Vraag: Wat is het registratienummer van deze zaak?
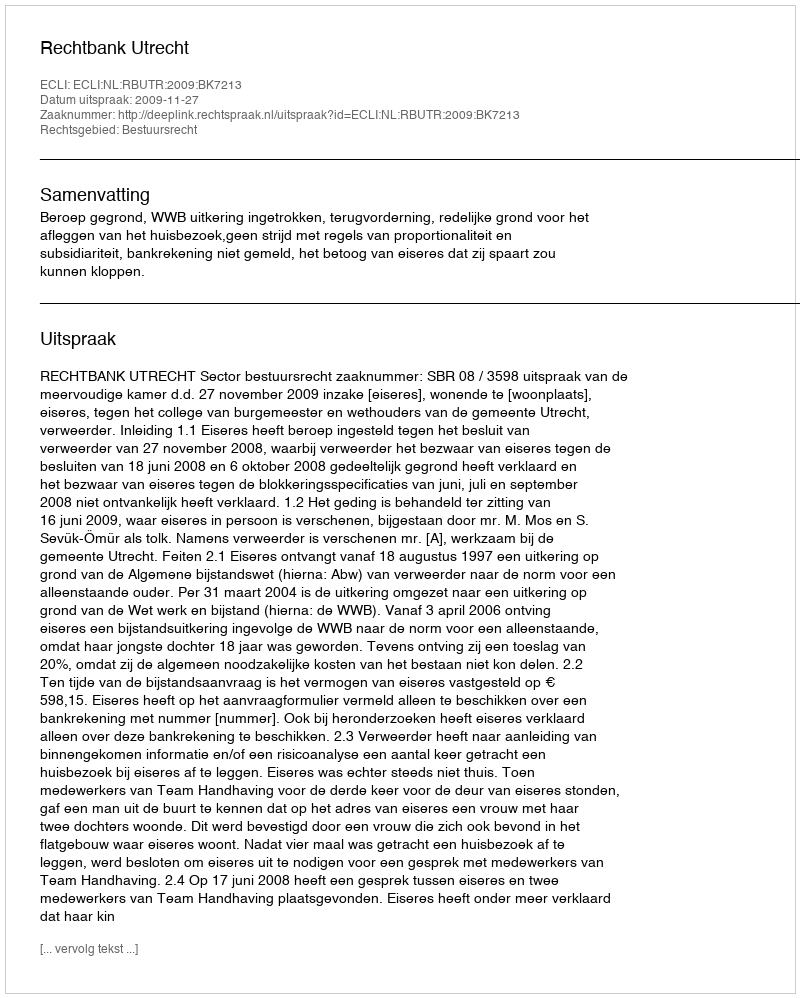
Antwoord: http://deeplink.rechtspraak.nl/uitspraak?id=ECLI:NL:RBUTR:2009:BK7213